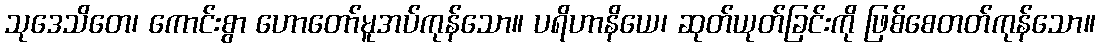
သုဒေသိတေ၊ ကောင်းစွာ ဟောတော်မူအပ်ကုန်သော။ ပရိဟာနိယေ၊ ဆုတ်ယုတ်ခြင်းကို ဖြစ်စေတတ်ကုန်သော။